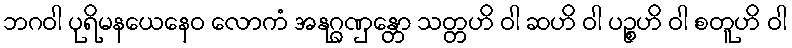
ဘဂဝါ ပုရိမနယေနေဝ လောကံ အနုဂ္ဂဏှန္တော သတ္တဟိ ဝါ ဆဟိ ဝါ ပဉ္စဟိ ဝါ စတူဟိ ဝါ